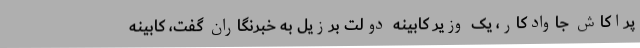
پراکاش جاوادکار، یک وزیر کابینه دولت برزیل به خبرنگاران گفت، کابینه